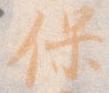
保